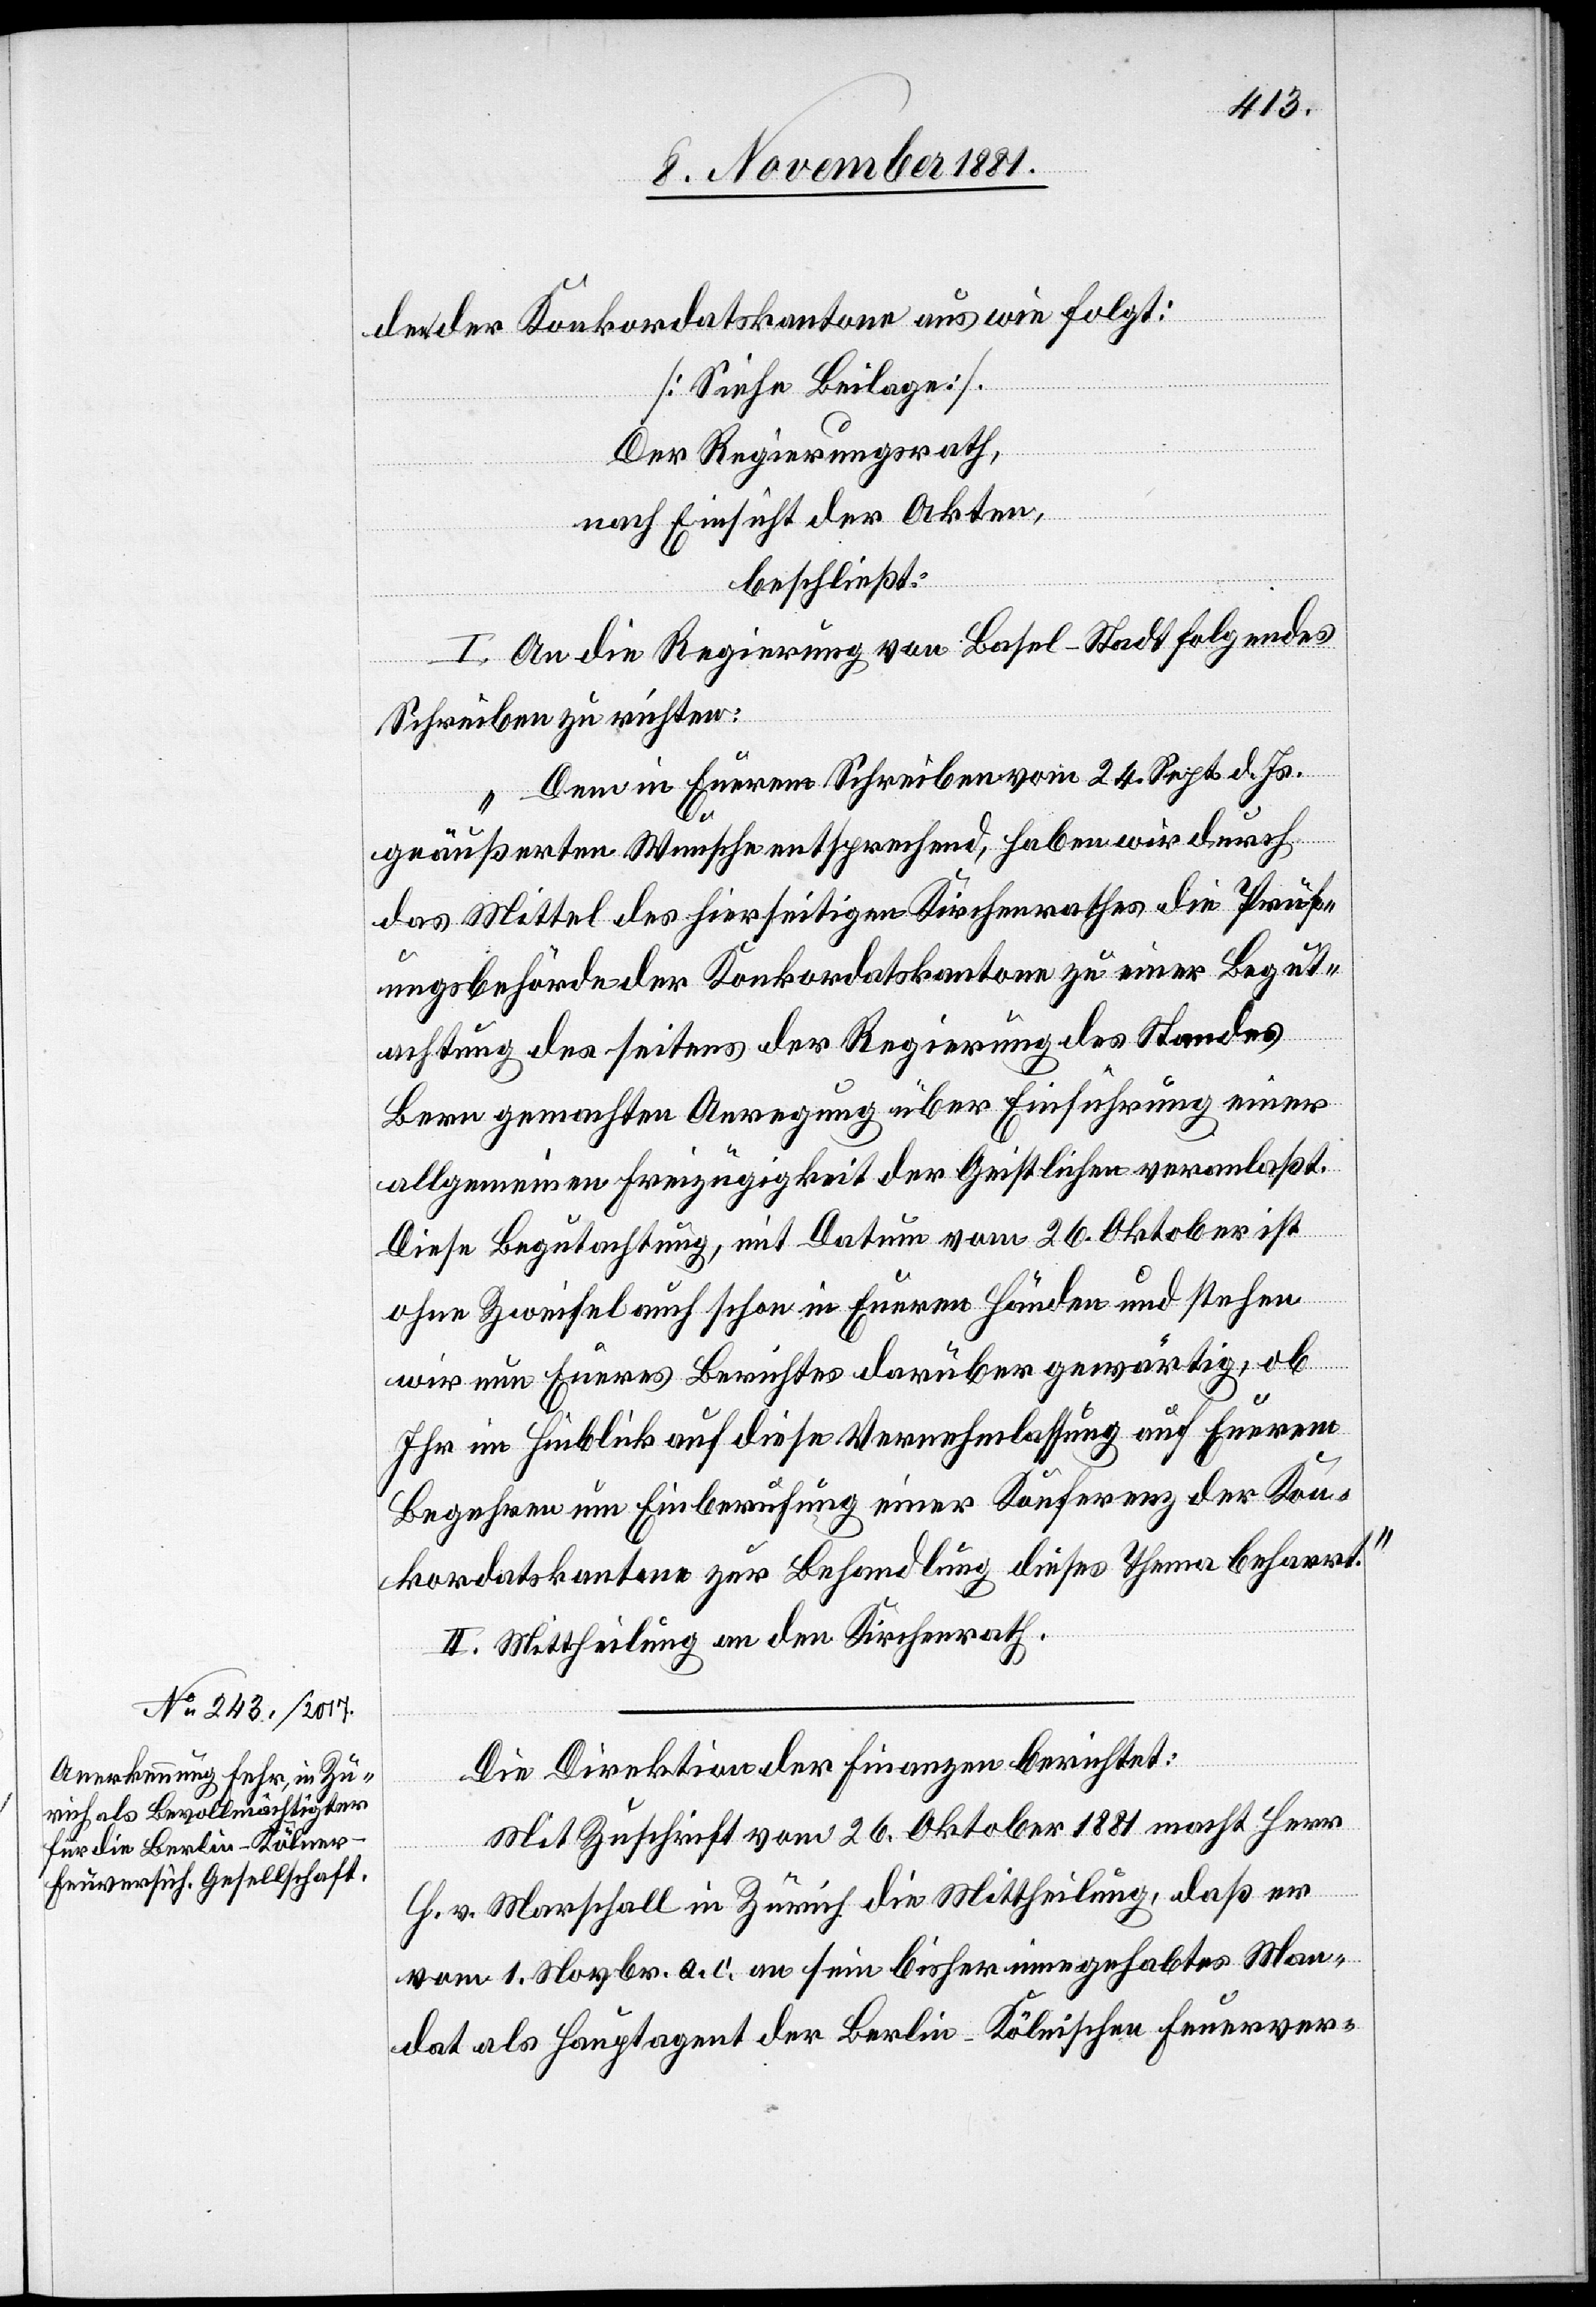
den der Konkordatskantone aus wie folgt:
[siehe Beilage].
Der Regierungsrath,
nach Einsicht der Akten,
beschließt:
I. An die Regierung von Basel-Stadt folgendes
Schreiben zu richten:
„Dem in Eurem Schreiben vom 24. Sept. d. Js.
geäußerten Wunsche entsprechend, haben wir durch
das Mittel des hierseitigen Kirchenrathes die Prüf¬
ungsbehörde der Konkordatskantone zu einer Begut¬
achtung des seitens der Regierung des Standes
Bern gemachten Anregung über Einführung einer
allgemeinen Freizügigkeit der Geistlichen veranlaßt.
Diese Begutachtung, mit Datum vom 26. Oktober ist
ohne Zweifel auch schon in Euren Händen und stehen
wir nun Eures Berichtes darüber gewärtig, ob
Ihr im Hinblick auf diese Vernehmlassung auf Eurem
Begehren um Einberufung einer Konferenz der Kon¬
kordatskantone zur Behandlung dieses Thema beharrt.“
II. Mittheilung an den Kirchenrath.
Die Direktion der Finanzen berichtet:
Mit Zuschrift vom 26. Oktober 1881 macht Herr
Ch. v. Marschall in Zürich die Mittheilung, daß er
vom 1. Novbr. a. c. an sein bisher innegehabtes Man¬
dat als Hauptagent der Berlin-Klönischen Feuerver-